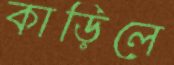
কাড়িলে